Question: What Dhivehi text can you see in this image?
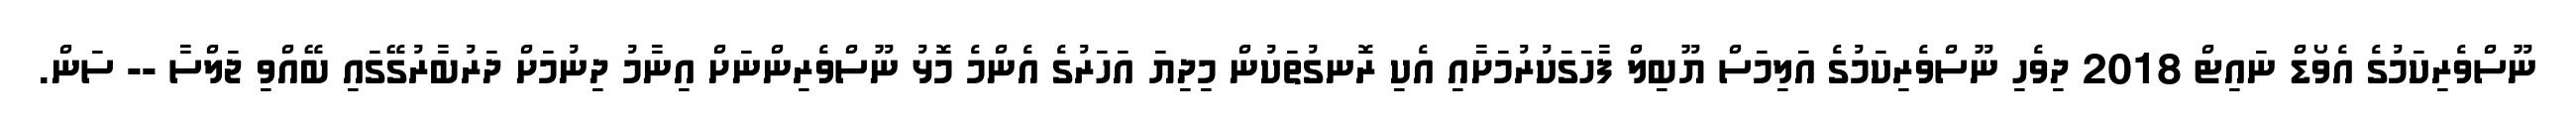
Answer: ނޫސްވެރިކަމުގެ އެވޯޑް ނައިޓް 2018 ދިވެހި ނޫސްވެރިކަމުގެ އަލިމަސް ޔޫބިލް ފާހަގަކުރުމަށާއި އެކި ރޮނގުތަކުން މިދިޔަ އަހަރުގެ އެންމެ މޮޅު ނޫސްވެރިންނަށް އިނާމު ދިނުމަށް ދަރުބާރުގޭގައި ބޭއްވި ޖަލްސާ -- ސަން.